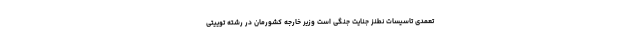
تعمدی تاسیسات نطنز جنایت جنگی است وزیر خارجه کشورمان در رشته توییتی